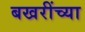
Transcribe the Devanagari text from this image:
बखरींच्या